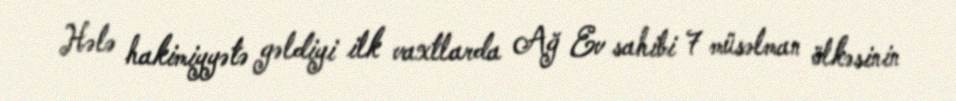
Hələ hakimiyyətə gəldiyi ilk vaxtlarda Ağ Ev sahibi 7 müsəlman ölkəsinin